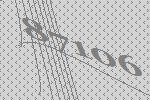
87106